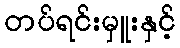
တပ်ရင်းမှူးနှင့်